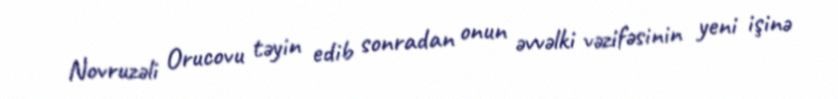
Novruzəli Orucovu təyin edib sonradan onun əvvəlki vəzifəsinin yeni işinə